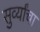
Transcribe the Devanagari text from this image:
सुर्व्यांचा